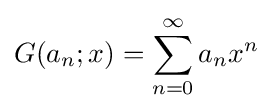
G(a_{n};x)=\sum _{n=0}^{\infty }a_{n}x^{n}